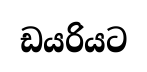
ඩයරියට